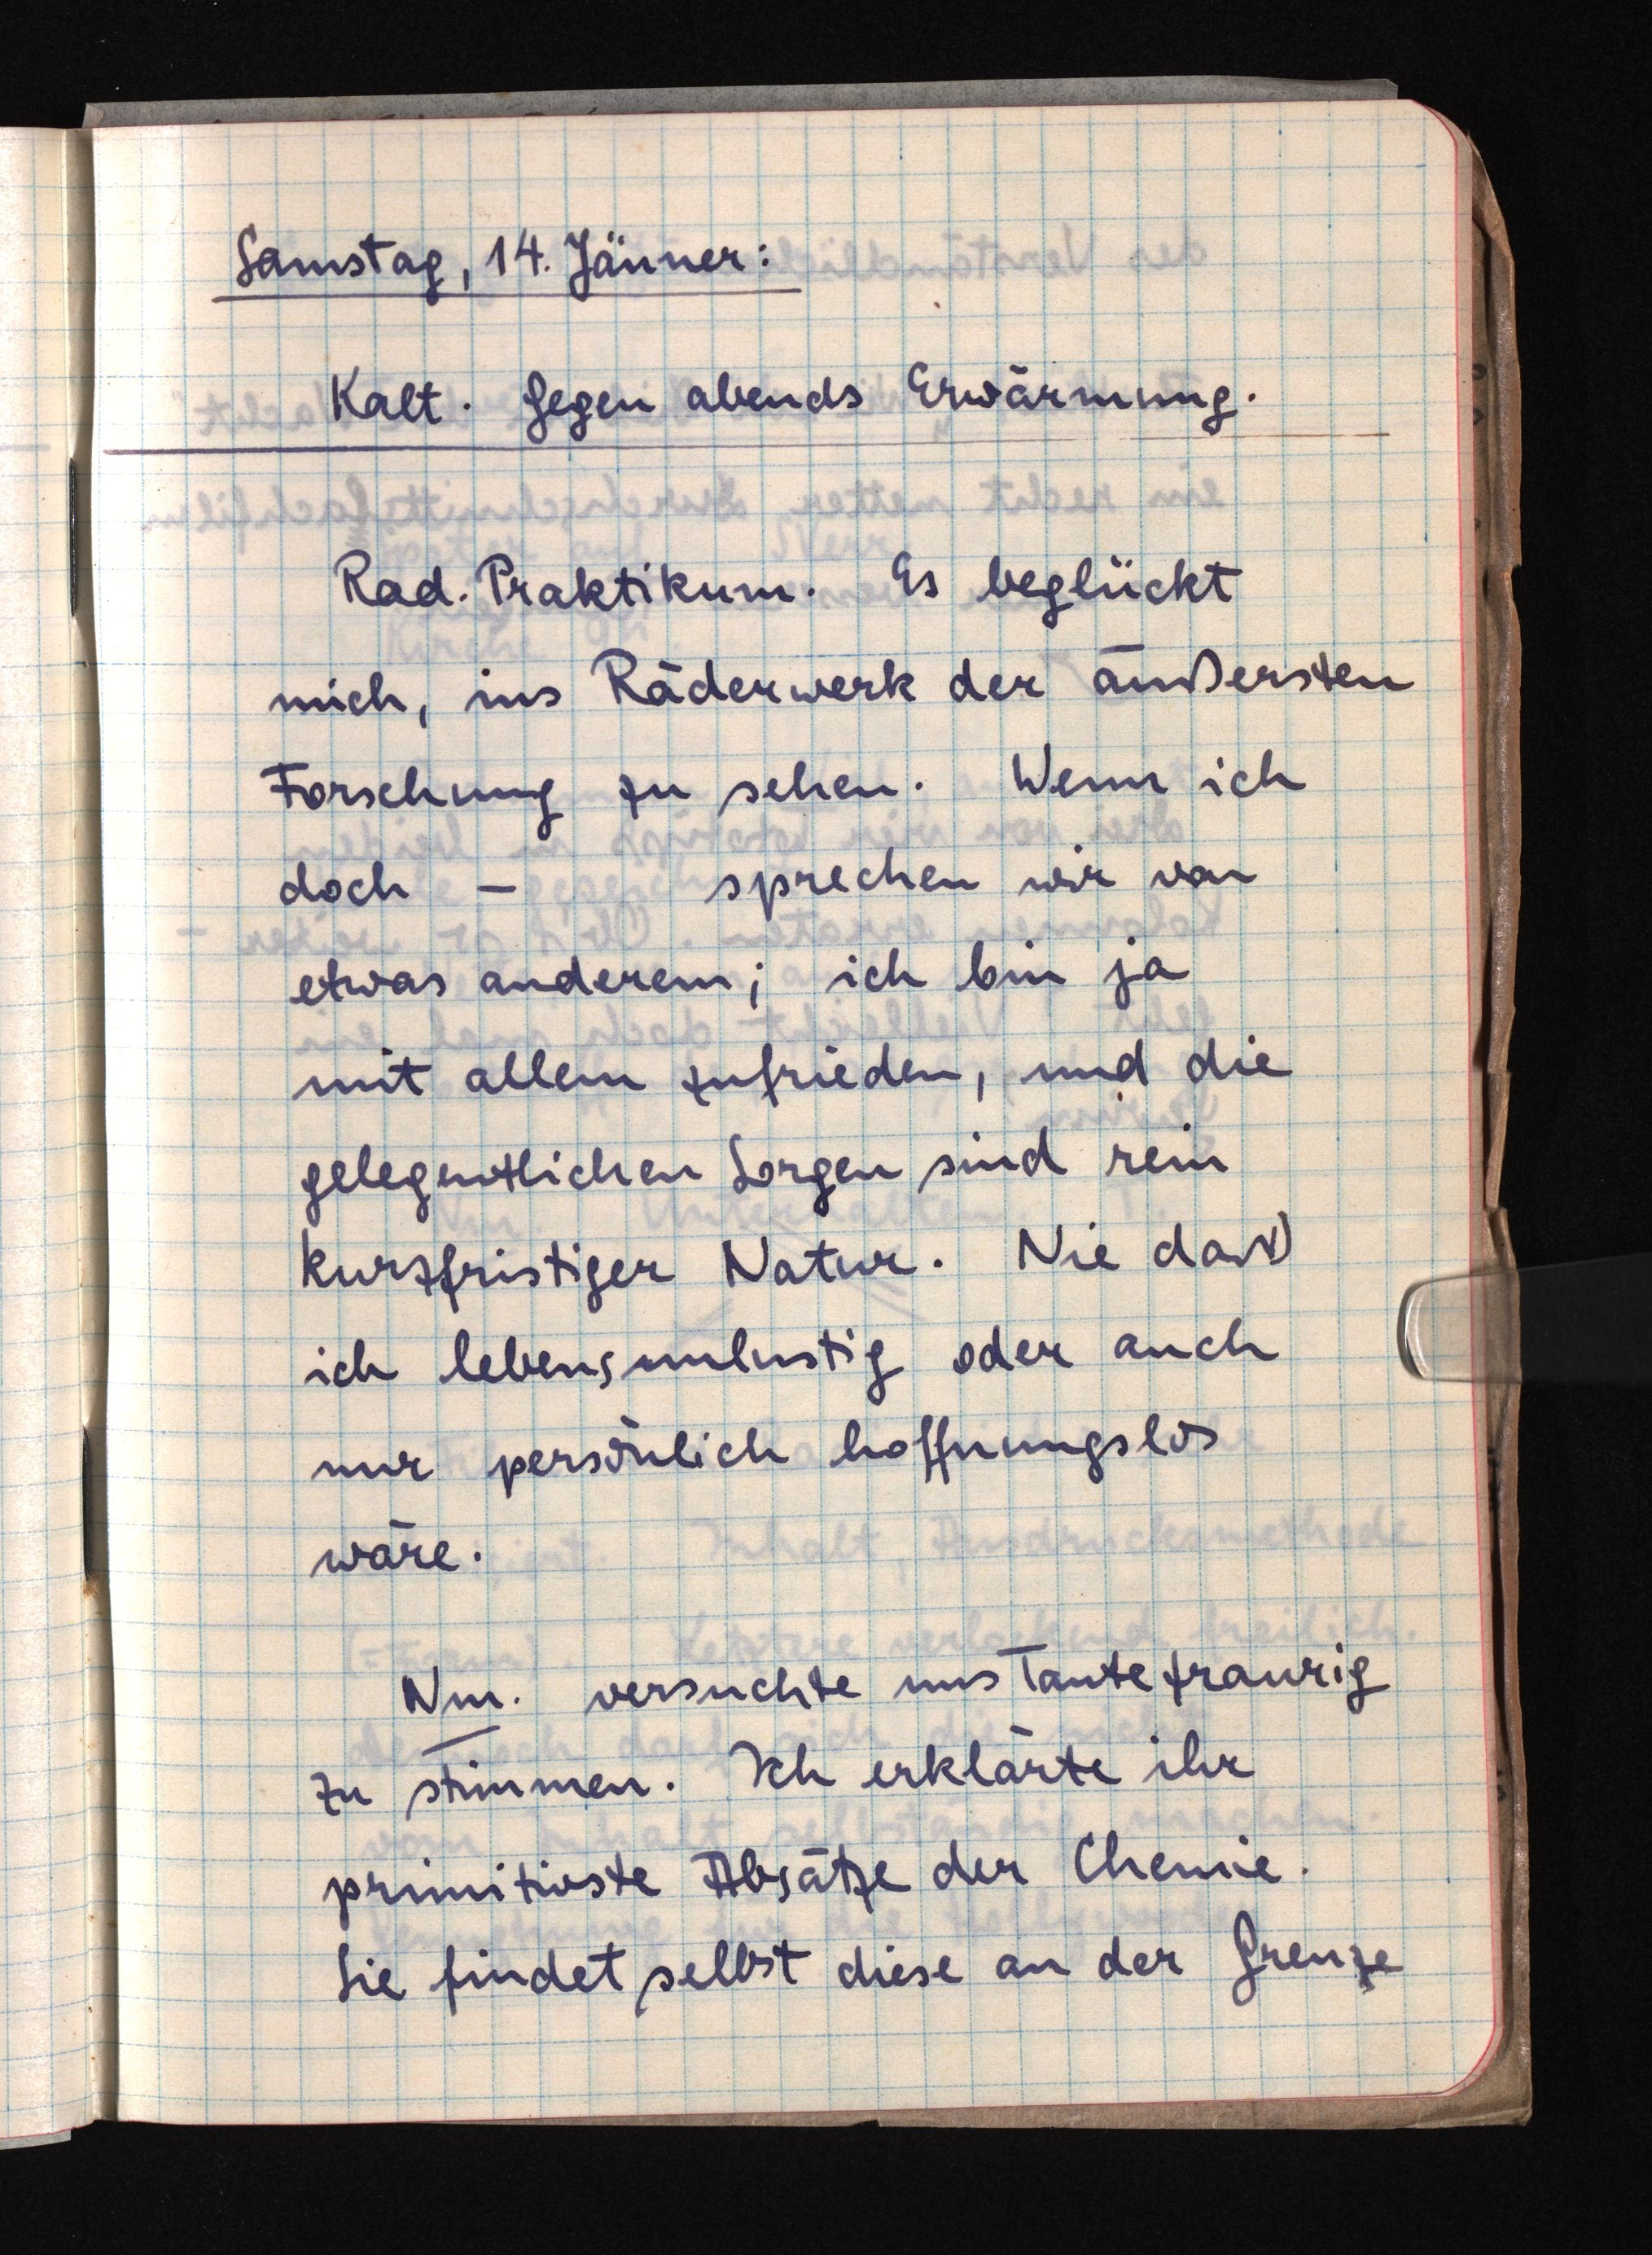
Samstag, 14. Jänner:
Kalt. Gegen abends Erwärmung.
Rad. Praktikum. Es beglückt
mich, ins Räderwerk der äußersten
Forschung zu sehen. Wenn ich
doch - sprechen wir von
etwas anderem; ich bin ja
mit allem zufrieden, und die
gelegentlichen Sorgen sind rein
kurzfristiger Natur. Nie daß
ich lebensunlustig oder auch
nur persönlich hoffnungslos
wäre.
Nm. versuchte uns Tante traurig
zu stimmen. Ich erklärte ihr
primitivste Absätze der Chemie.
Sie findet selbst diese an der Grenze